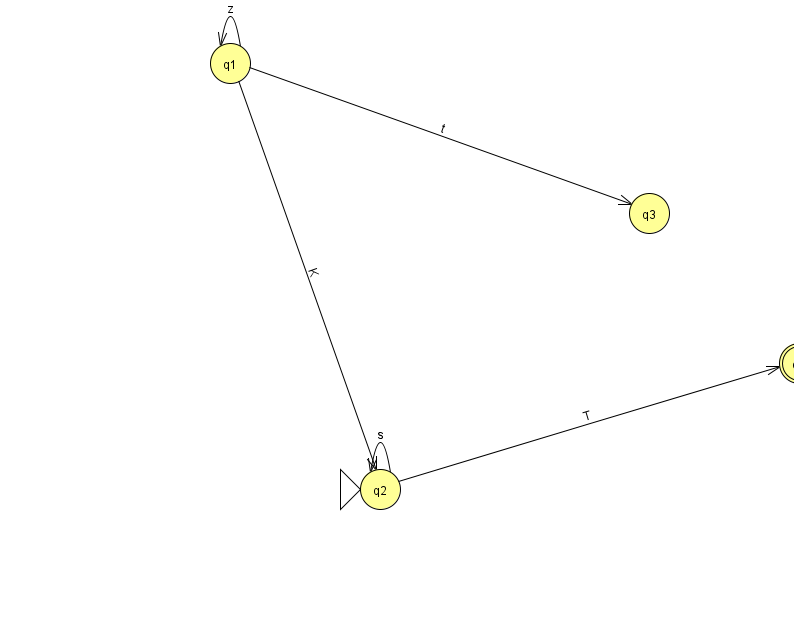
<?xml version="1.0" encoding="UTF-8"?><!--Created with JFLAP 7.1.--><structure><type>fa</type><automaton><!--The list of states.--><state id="0" name="q0"><x>799.0</x><y>350.0</y><final/></state><state id="1" name="q1"><x>230.0</x><y>50.0</y></state><state id="2" name="q2"><x>380.0</x><y>476.0</y><initial/></state><state id="3" name="q3"><x>649.0</x><y>200.0</y></state><!--The list of transitions.--><transition><from>2</from><to>2</to><read>s</read></transition><transition><from>2</from><to>0</to><read>T</read></transition><transition><from>1</from><to>3</to><read>t</read></transition><transition><from>1</from><to>1</to><read>z</read></transition><transition><from>1</from><to>2</to><read>K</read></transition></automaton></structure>